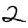
Digit: 2